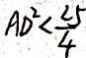
A D ^ { 2 } < \frac { 2 5 } { 4 }